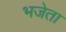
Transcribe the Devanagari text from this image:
भजेता